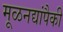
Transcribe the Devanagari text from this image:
मूळनद्यांपैकी